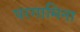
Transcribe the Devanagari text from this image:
परगामिना